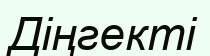
Діңгекті